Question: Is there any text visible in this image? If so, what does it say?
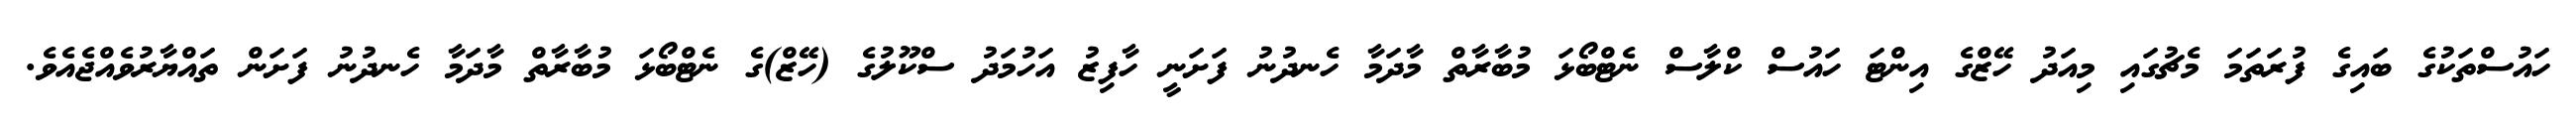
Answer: ހައުސްތަކުގެ ބައިގެ ފުރަތަމަ މެޗުގައި މިއަދު ހޭޒްގެ އިންޓަ ހައުސް ކްލާސް ނެޓްބޯޅަ މުބާރާތް މާދަމާ ހެނދުނު ފަށަނީ ހާފިޒު އަހުމަދު ސްކޫލުގެ (ހޭޒް)ގެ ނެޓްބޯޅަ މުބާރާތް މާދަމާ ހެނދުނު ފަށަން ތައްޔާރުވެއްޖެއެވެ.